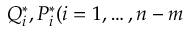
Q _ { i } ^ { \ast } , P _ { i } ^ { \ast } ( i = 1 , \dots , n - m